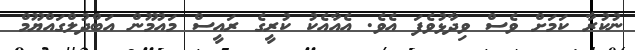
ނުކުރާ ކަމަށް ވެސް ވިދާޅުވެފަ އެވެ. އެއާއެކު ކުރީގެ ރައީސް މައުމޫން އަބްދުލްގައްޔޫމް